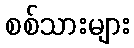
စစ်သားများ